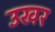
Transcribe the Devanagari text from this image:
उखर